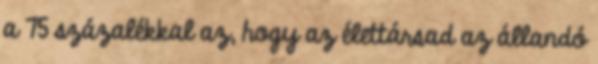
a 75 százalékkal az, hogy az élettársad az állandó